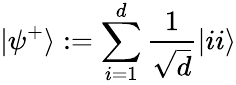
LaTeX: |\psi^{+}\rangle:=\sum_{i=1}^{d}\frac{1}{\sqrt{d}}|ii\rangle